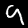
Digit: 9